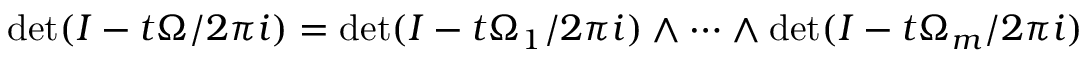
\operatorname* { d e t } ( I - t \Omega / 2 \pi i ) = \operatorname* { d e t } ( I - t \Omega _ { 1 } / 2 \pi i ) \wedge \dots \wedge \operatorname* { d e t } ( I - t \Omega _ { m } / 2 \pi i )